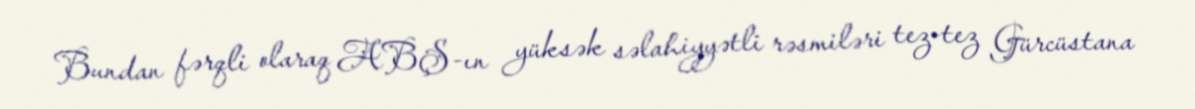
Bundan fərqli olaraq ABŞ-ın yüksək səlahiyyətli rəsmiləri tez-tez Gürcüstana